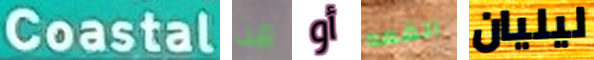
Coastal من أو القمه ليليان